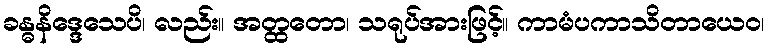
ခန္ဓနိဒ္ဒေသေပိ၊ လည်း။ အတ္ထတော၊ သရုပ်အားဖြင့်။ ကာမံပကာသိတာယေဝ၊